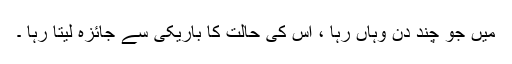
میں جو چند دن وہاں رہا ، اس کی حالت کا باریکی سے جائزہ لیتا رہا ۔